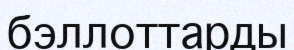
бэллоттарды